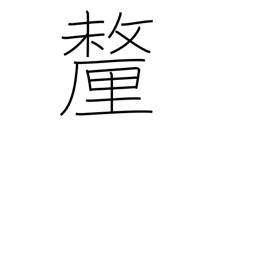
Meaning: tenth of a bu